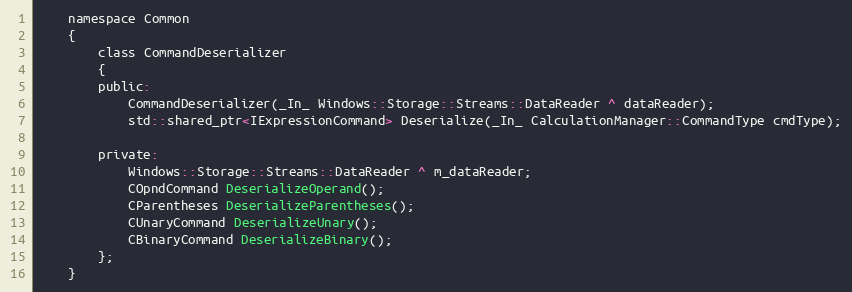
Language: C
    namespace Common
    {
        class CommandDeserializer
        {
        public:
            CommandDeserializer(_In_ Windows::Storage::Streams::DataReader ^ dataReader);
            std::shared_ptr<IExpressionCommand> Deserialize(_In_ CalculationManager::CommandType cmdType);

        private:
            Windows::Storage::Streams::DataReader ^ m_dataReader;
            COpndCommand DeserializeOperand();
            CParentheses DeserializeParentheses();
            CUnaryCommand DeserializeUnary();
            CBinaryCommand DeserializeBinary();
        };
    }